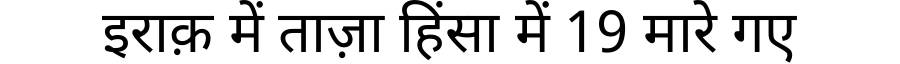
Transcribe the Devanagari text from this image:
इराक़ में ताज़ा हिंसा में 19 मारे गए